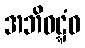
အဘိဝဋ္ဋံဝ